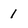
Character: 1